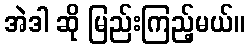
အဲဒါ ဆို မြည်းကြည့်မယ်။